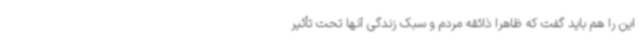
این را هم باید گفت که ظاهراً ذائقه مردم و سبک زندگی آنها تحت تأثیر